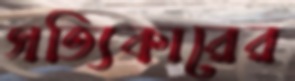
সত্যিকারের